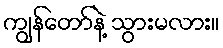
ကျွန်တော်နဲ့ သွားမလား။